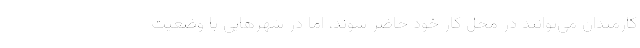
کارمندان می‌توانند در محل کار خود حاضر شوند، اما در شهرهایی با وضعیت